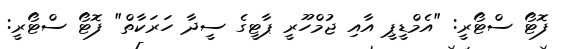
ފޮޓޯ ސްޓޯރީ: "އެމްޑީޕީ އާއި ޖުމްހޫރީ ޕާޓީގެ ސީދާ ހަރަކާތް" ފޮޓޯ ސްޓޯރީ: